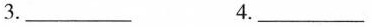
3._________4._________